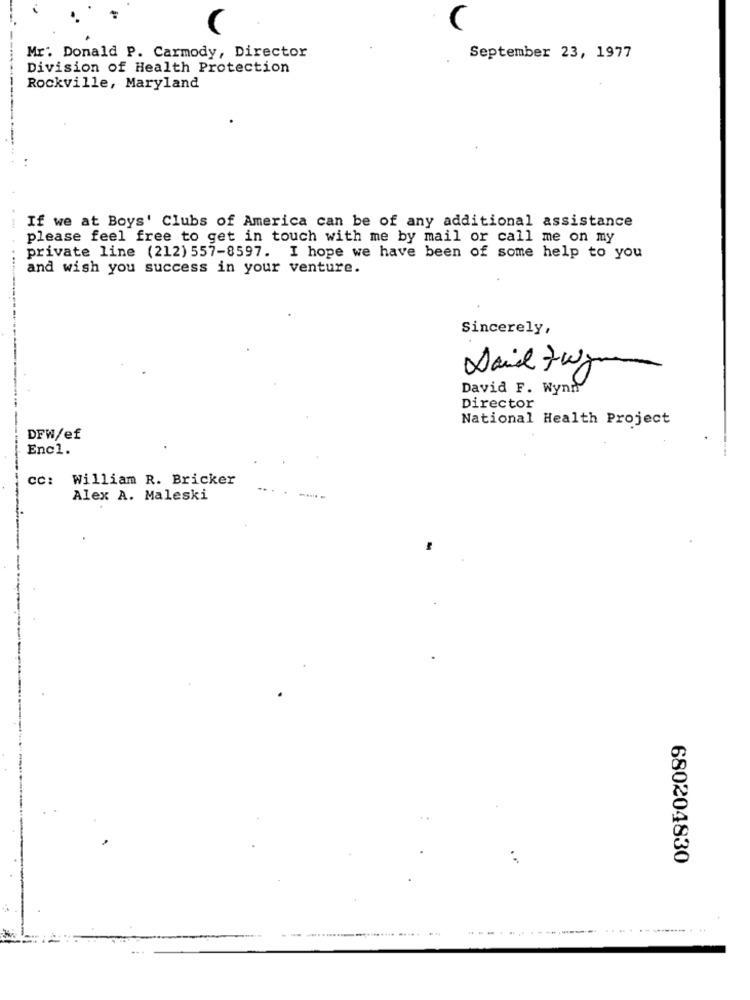
(
(
Mr. Donald P. Carmody, Director
September 23, 1977
Division of Health Protection
Rockville, Maryland
If we at Boys' Clubs of America can be of any additional assistance
please feel free to get in touch with me by mail or call me on my
private line (212) 557-8597. I hope we have been of some help to you
. ....
and wish you success in your venture.
Sincerely,
Daid 7wym
50
David F. Wynn
Director
National Health Project
DFW/ef
Encl.
CC: William R. Bricker
Alex A. Maleski
680204830
---.